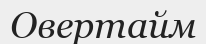
Овертайм